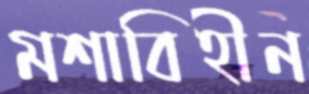
মশাবিহীন